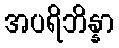
အပရိဘိန္နာ